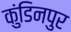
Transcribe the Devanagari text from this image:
कुंडिनपुर